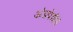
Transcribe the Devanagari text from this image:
अंडपेशीचे